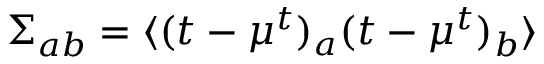
{ \Sigma } _ { a b } = \langle ( t - \mu ^ { t } ) _ { a } ( t - \mu ^ { t } ) _ { b } \rangle